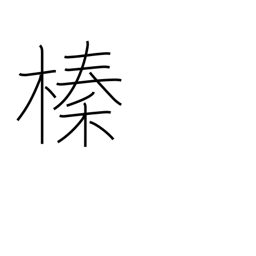
Meaning: hazelnut